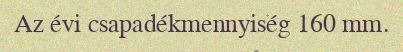
Az évi csapadékmennyiség 160 mm.